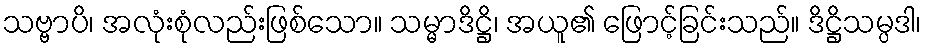
သဗ္ဗာပိ၊ အလုံးစုံလည်းဖြစ်သော။ သမ္မာဒိဋ္ဌိ၊ အယူ၏ ဖြောင့်ခြင်းသည်။ ဒိဋ္ဌိသမ္ပဒါ၊